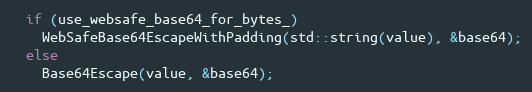
Language: C++
  if (use_websafe_base64_for_bytes_)
    WebSafeBase64EscapeWithPadding(std::string(value), &base64);
  else
    Base64Escape(value, &base64);